Indian journal of veterinary science and animal husbandry - Volume 9,
Year: 1939
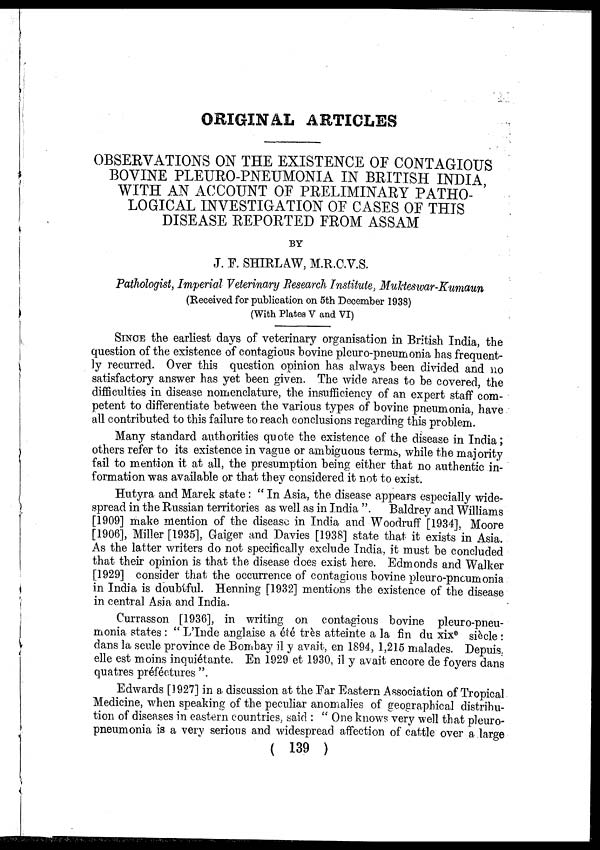
ORIGINAL ARTICLES
OBSERVATIONS ON THE EXISTENCE OF CONTAGIOUS
BOVINE PLEURO-PNEUMONIA IN BRITISH INDIA
WITH AN ACCOUNT OF PRELIMINARY PATHO-
LOGICAL INVESTIGATION OF CASES OF THIS
DISEASE REPORTED FROM ASSAM
BY
J. F. SHIRLAW, M.R.C.V.S.
Pathologist, Imperial Veterinary Research Institute, Mukteswar-Kumaun
(Received for publication on 5th December 1938)
(With Plates V and VI)
SINCE the earliest days of veterinary organisation in British India, the
question of the existence of contagious bovine pleuro-pneumonia has frequent-
-y recurred. Over this question opinion has always been divided and no
satisfactory answer has yet been given. The wide areas to be covered the
difficulties in disease nomenclature, the insufficiency of an expert staff com-
petent to differentiate between the various types of bovine pneumonia have
all contributed to this failure to reach conclusions regarding this problem.
Many standard authorities quote the existence of the disease in India ;
others refer to its existence in vague or ambiguous terms, while the majority
fail to mention it at all, the presumption being either that no authentic in-
formation was available or that they considered it not to exist.
Hutyra and Marek state : " In Asia, the disease appears especially wide-
spread in the Russian territories as well as in India ". Baldrey and Williams
[1909] make mention of the disease in India and Woodruff [1934], Moore
[1906], Miller [1935], Gaiger and Davies [1938] state that it exists in Asia.
As the latter writers do not specifically exclude India, it must be concluded
that their opinion is that the disease does exist here. Edmonds and Walker
[1929] consider that the occurrence of contagious bovine pleuro-pncumonia
in India is doubtful. Henning [1932] mentions the existence of the disease
in central Asia and India.
Currasson [1936], in writing on contagious bovine pleuro-pneu-
monia states : " L'Inde anglaise a été très atteinte a la fin du xix e siècle :
dans la seule province de Bombay il y avait, en 1894, 1,215 malades. Depuis.
elle est moins inquiétante. En 1929 et 1930, il y avait encore de foyers dans
quatres préféctures ".
Edwards [1927] in a discussion at the Far Eastern Association of Tropical
Medicine, when speaking of the peculiar anomalies of geographical distribu-
tion of diseases in eastern countries, said : " One knows very well that pleuro-
pneumonia is a very serious and widespread affection of cattle over a large
( 139 )